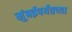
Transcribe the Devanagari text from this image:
मुंबईपर्यंतच्या